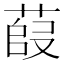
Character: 𫈿